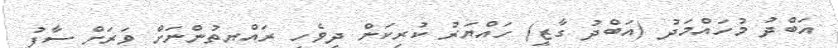
އަބްދު މުހައްމަދު (އަބްދު ގާޒީ) ހައްޔަރު ކުރިކަން ދިވެހި ރައްޔިތުންނަށް ވަރަށް ސާފު